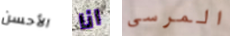
الأحسن انا المرسى